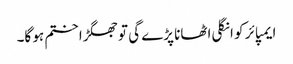
ایمپائر کو انگلی اٹھانا پڑے گی تو جھگڑا ختم ہو گا۔